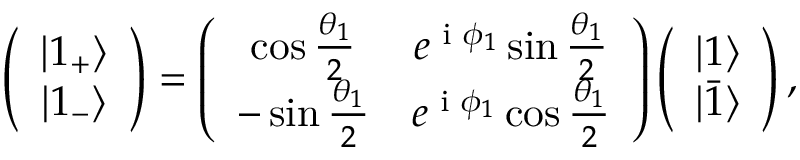
\left( \begin{array} { c } { | 1 _ { + } \rangle } \\ { | 1 _ { - } \rangle } \end{array} \right) = \left( \begin{array} { c c } { \cos \frac { \theta _ { 1 } } { 2 } } & { e ^ { \textrm { i } \phi _ { 1 } } \sin \frac { \theta _ { 1 } } { 2 } } \\ { - \sin \frac { \theta _ { 1 } } { 2 } } & { e ^ { \textrm { i } \phi _ { 1 } } \cos \frac { \theta _ { 1 } } { 2 } } \end{array} \right) \left( \begin{array} { c } { | 1 \rangle } \\ { | \bar { 1 } \rangle } \end{array} \right) ,